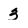
Character: 3